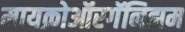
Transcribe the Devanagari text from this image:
मायक्रोऑरगॅनिझम